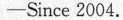
Since 2004.